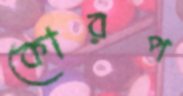
কোরপ